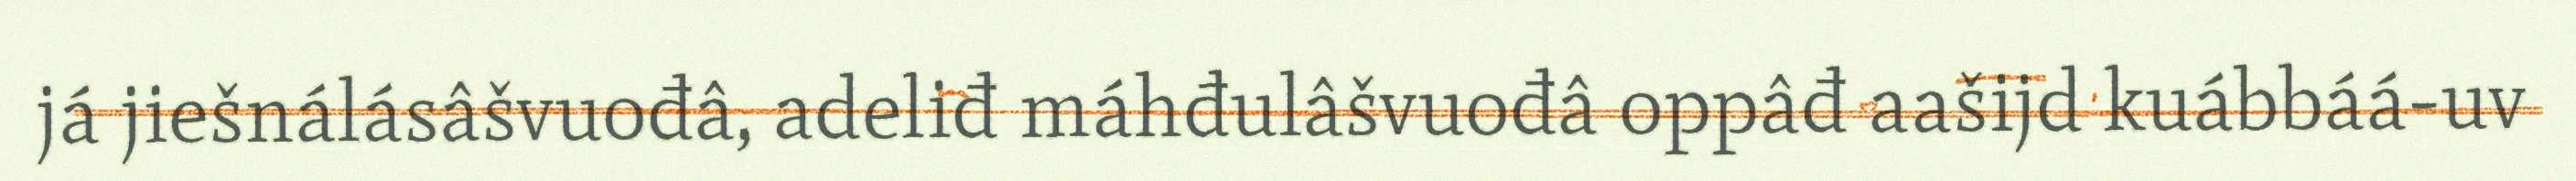
já jiešnálásâšvuođâ, adeliđ máhđulâšvuođâ oppâđ aašijd kuábbáá-uv